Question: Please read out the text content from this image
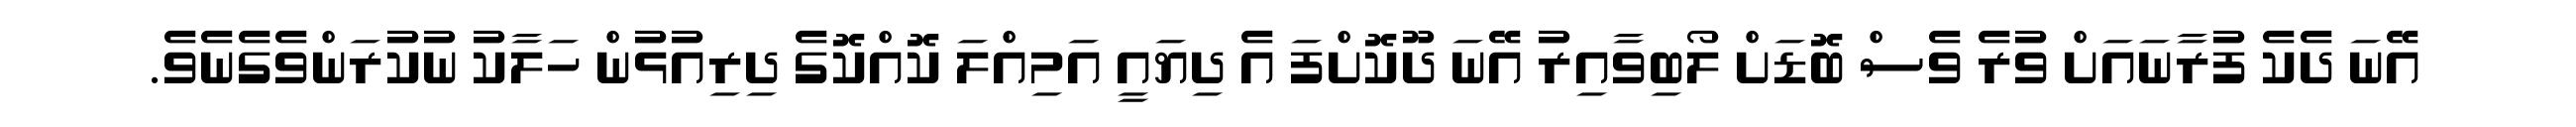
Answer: އޭނަ ދެކެ ފުރާނައަށް ވުރެ ވެސް ބޮޑަށް ލޯބިވާއިރު އޭނަ ދޫކޮށްފަ އެ ދިޔައީ އަމިއްލަ ކޮއްކޮގެ ދިރިއުޅުން ހަލާކު ނުކުރަންވެގެނެވެ.